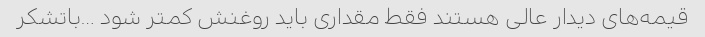
قیمه‌های دیدار عالی هستند فقط مقداری باید روغنش کمتر شود …باتشکر